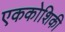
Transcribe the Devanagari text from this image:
एककोशिकी